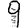
Digit: 9